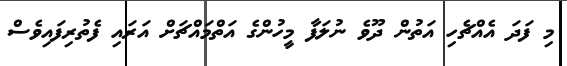
މި ފަދަ އެއްޗެހި އަތުން ދޫވެ ނުލަފާ މީހުންގެ އަތްމައްޗަށް އަރައި ފެތުރިފައިވެސް